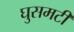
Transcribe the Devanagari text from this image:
घुसमटी